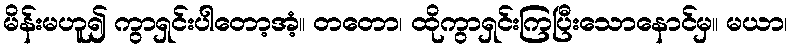
မိန်းမဟူ၍ ကွာရှင်းပါတော့အံ့။ တတော၊ ထိုကွာရှင်းကြပြီးသောနောင်မှ။ မယာ၊